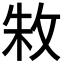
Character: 𫾭